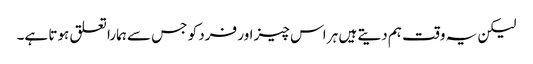
لیکن یہ وقت ہم دیتے ہیں ہر اس چیز اور فرد کو جس سے ہمارا تعلق ہوتا ہے۔